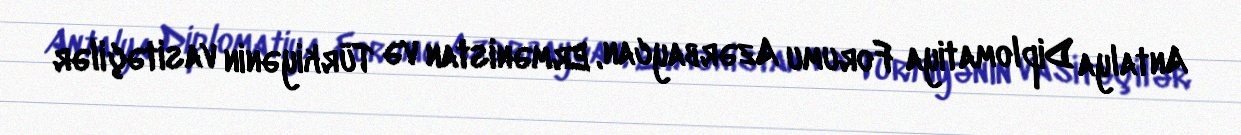
Antalya Diplomatiya Forumu Azərbaycan, Ermənistan və Türkiyənin vasitəçilər